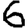
Digit: 6